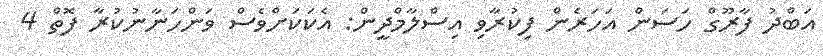
އަބްދު ފާރޫގް ހަސަން އަހަރެން ފިކުރާވި އިސްލާމްދީން: އެކަކަށްވެސް ވަންހަނާނުކުރާ ފޮތް 4